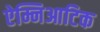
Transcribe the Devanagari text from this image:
ऐम्निआटिक